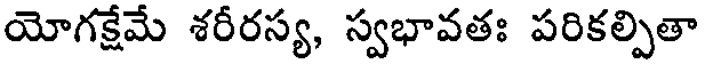
యోగక్షేమే శరీరస్య, స్వభావతః పరికల్పితా